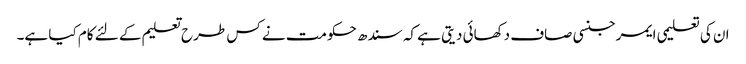
ان کی تعلیمی ایمرجنسی صاف دکھائی دیتی ہے کہ سندھ حکومت نے کس طرح تعلیم کے لئے کام کیا ہے۔